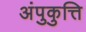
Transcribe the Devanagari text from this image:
अंपुकुत्ति